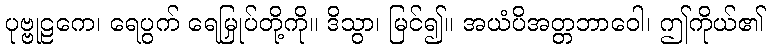
ပုဗ္ဗုဠကေ၊ ရေပွက် ရေမြှုပ်တို့ကို။ ဒိသွာ၊ မြင်၍။ အယံပိအတ္တဘာဝေါ၊ ဤကိုယ်၏